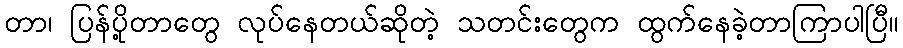
တာ၊ ပြန်ပို့တာတွေ လုပ်နေတယ်ဆိုတဲ့ သတင်းတွေက ထွက်နေခဲ့တာကြာပါပြီ။